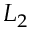
L _ { 2 }